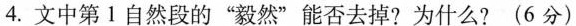
4.文中第1自然段的”毅然”能否去掉?为什么?(6分)